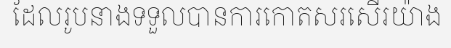
ដែលរូបនាងទទួលបានការកោតសរសើរយ៉ាង